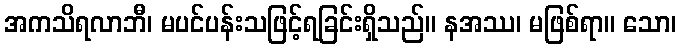
အကသိရလာဘီ၊ မပင်ပန်းသဖြင့်ရခြင်းရှိသည်။ နအဿ၊ မဖြစ်ရာ။ သော၊